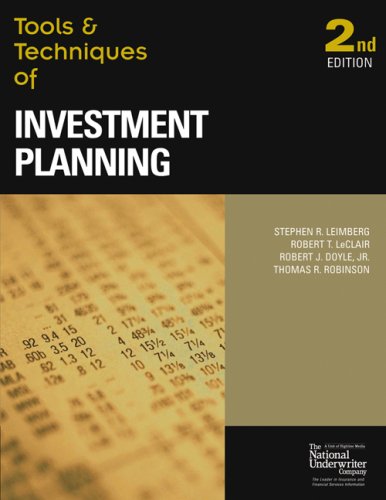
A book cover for Tools & Techniques of Investment Planning (Tools & Techniques); Stephan R. Leimberg; Business & Money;